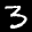
Label: 3